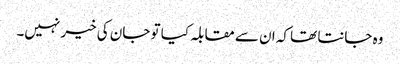
وہ جانتا تھا کہ ان سے مقابلہ کیا تو جان کی خیر نہیں۔